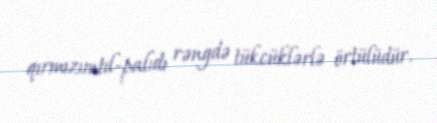
qırmızımtıl-palıdı rəngdə tükcüklərlə örtülüdür.